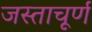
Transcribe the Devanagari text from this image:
जस्ताचूर्ण